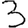
Digit: 3